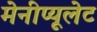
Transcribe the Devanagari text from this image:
मेनीप्यूलेट